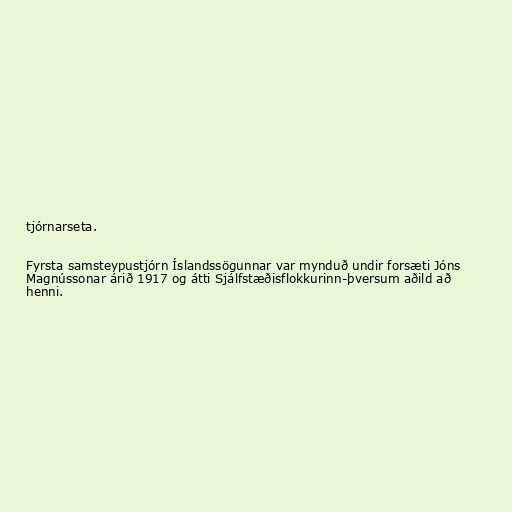
tjórnarseta.

Fyrsta samsteypustjórn Íslandssögunnar var mynduð undir forsæti Jóns
Magnússonar árið 1917 og átti Sjálfstæðisflokkurinn-þversum aðild að
henni.